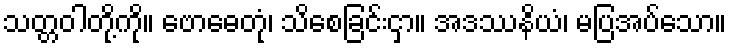
သတ္တဝါတို့ကို။ ဗောဓေတုံ၊ သိစေခြင်းငှာ။ အဒဿနိယံ၊ မပြအပ်သော။